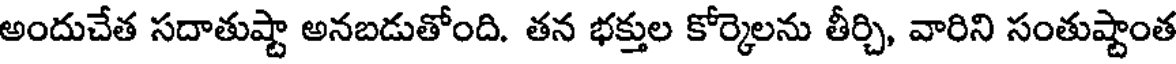
అందుచేత సదాతుష్టా అనబడుతోంది. తన భక్తుల కోర్కెలను తీర్చి, వారిని సంతుష్టాంత